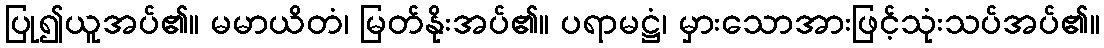
ပြု၍ယူအပ်၏။ မမာယိတံ၊ မြတ်နိုးအပ်၏။ ပရာမဋ္ဌံ၊ မှားသောအားဖြင့်သုံးသပ်အပ်၏။